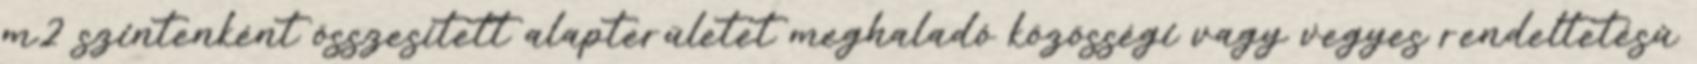
m2 szintenként összesített alapterületet meghaladó közösségi vagy vegyes rendeltetésû